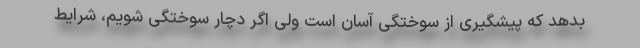
بدهد که پیشگیری از سوختگی آسان است ولی اگر دچار سوختگی شویم، شرایط